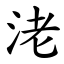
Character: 㳣